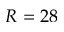
R = 2 8